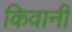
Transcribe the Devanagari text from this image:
किवानी